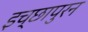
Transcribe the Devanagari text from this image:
इच्छापुरन